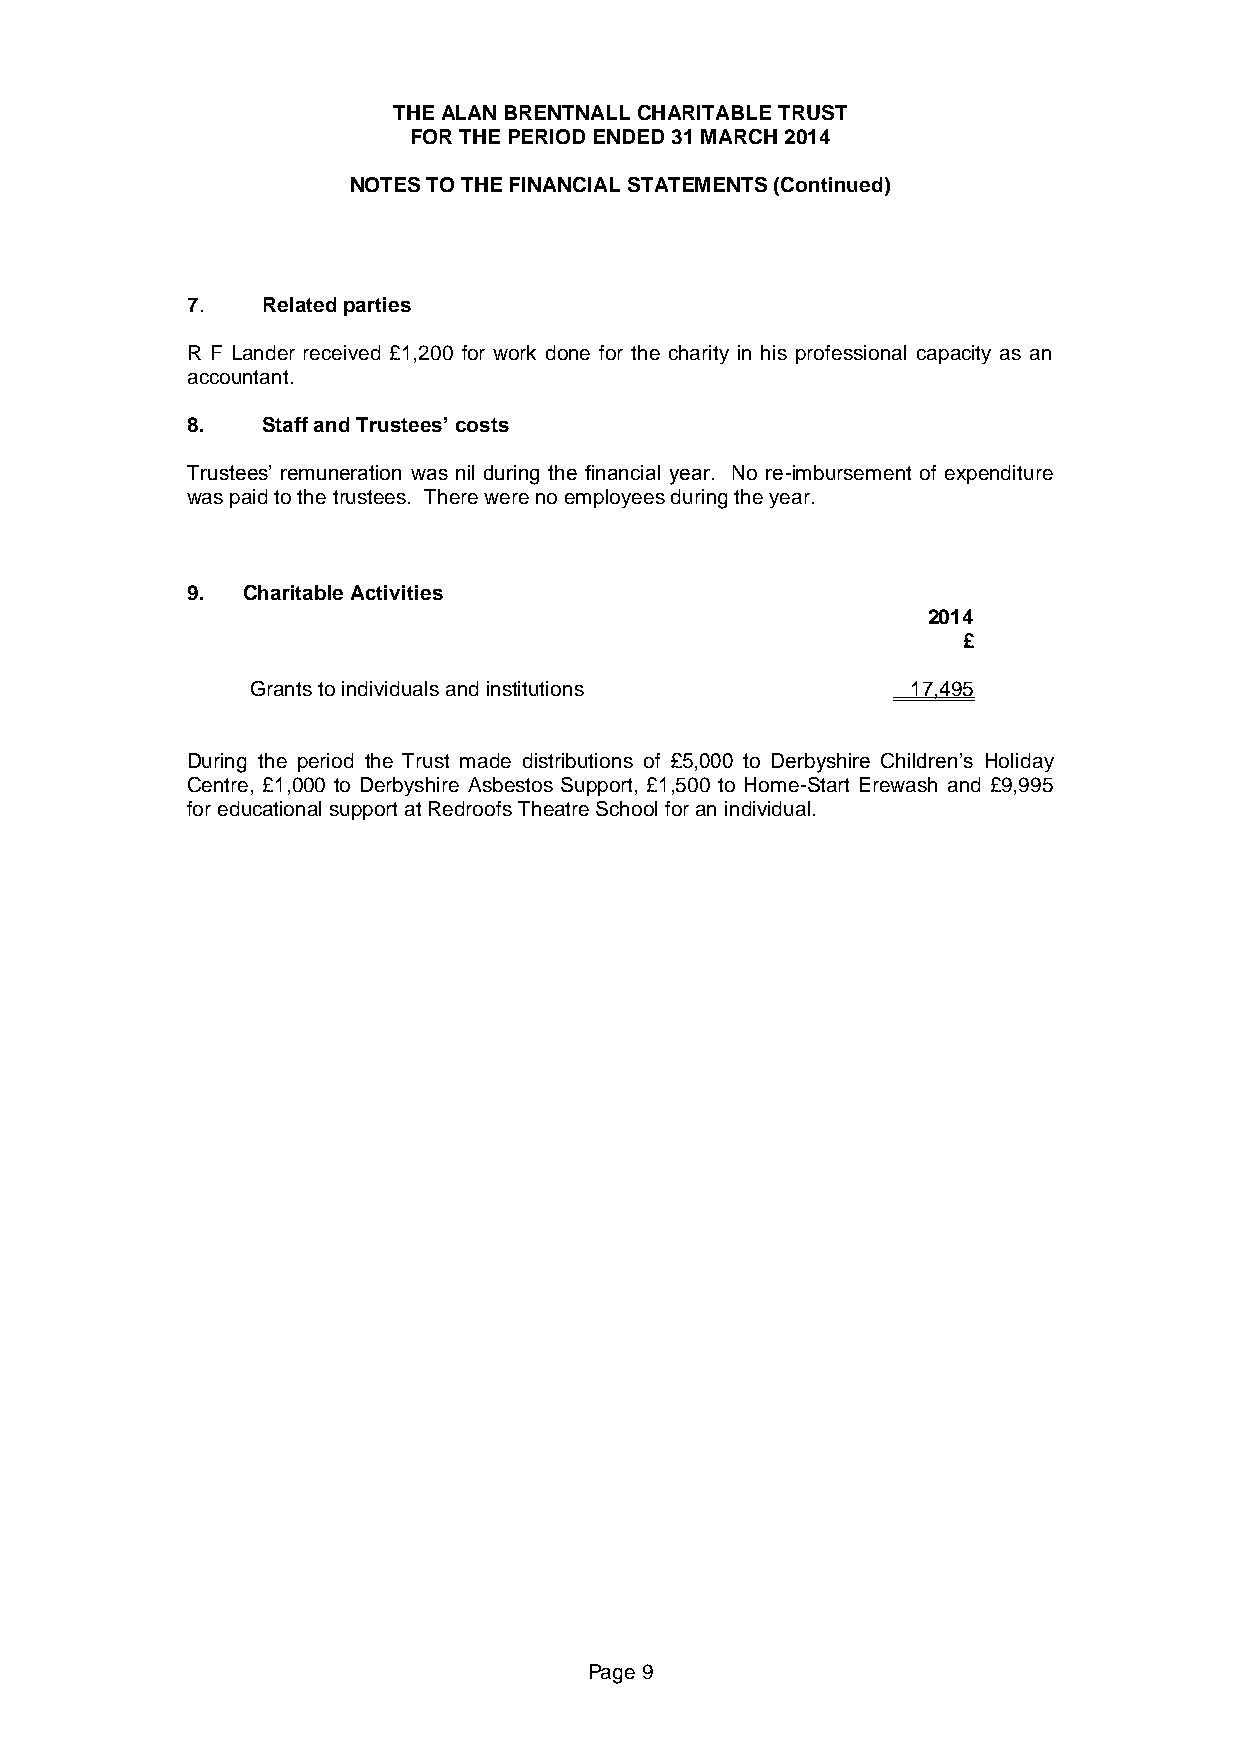
THE ALAN BRENTNALL CHARITABLE TRUST
 FOR THE PERIOD ENDED 31 MARCH 2014
 NOTES TO THE FINANCIAL STATEMENTS (Continued)
 7.   Related parties
 R F Lander received £1,200 for work done for the charity in his professional capacity as an
 accountant.
 8.   Staff and Trustees’ costs
 Trustees’ remuneration was nil during the financial year. No re-imbursement of expenditure
 was paid to the trustees. There were no employees during the year.
 9.  Charitable Activities
 2014
 £
 Grants to individuals and institutions     17,495
 During the period the Trust made distributions of £5,000 to Derbyshire Children’s Holiday
 Centre, £1,000 to Derbyshire Asbestos Support, £1,500 to Home-Start Erewash and £9,995
 for educational support at Redroofs Theatre School for an individual.
 Page 9